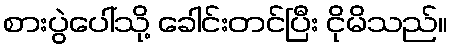
စားပွဲပေါ်သို့ ခေါင်းတင်ပြီး ငိုမိသည်။